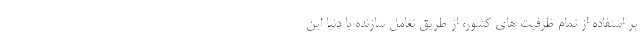
بر استفاده از تمام ظرفیت های کشور، از طریق تعامل سازنده با دنیا این